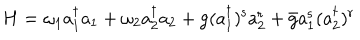
H = \omega _ { 1 } \mathrm { a _ { 1 } ^ { \dagger } a _ { 1 } + \ o m e g a _ { 2 } \mathrm { a _ { 2 } ^ { \dagger } a _ { 2 } + \mathrm { g ( a _ { 1 } ^ { \dagger } ) ^ { s } a _ { 2 } ^ { r } + \bar { \mathrm { g } } a _ { 1 } ^ { s } ( a _ { 2 } ^ { \dagger } ) ^ { r } } } }